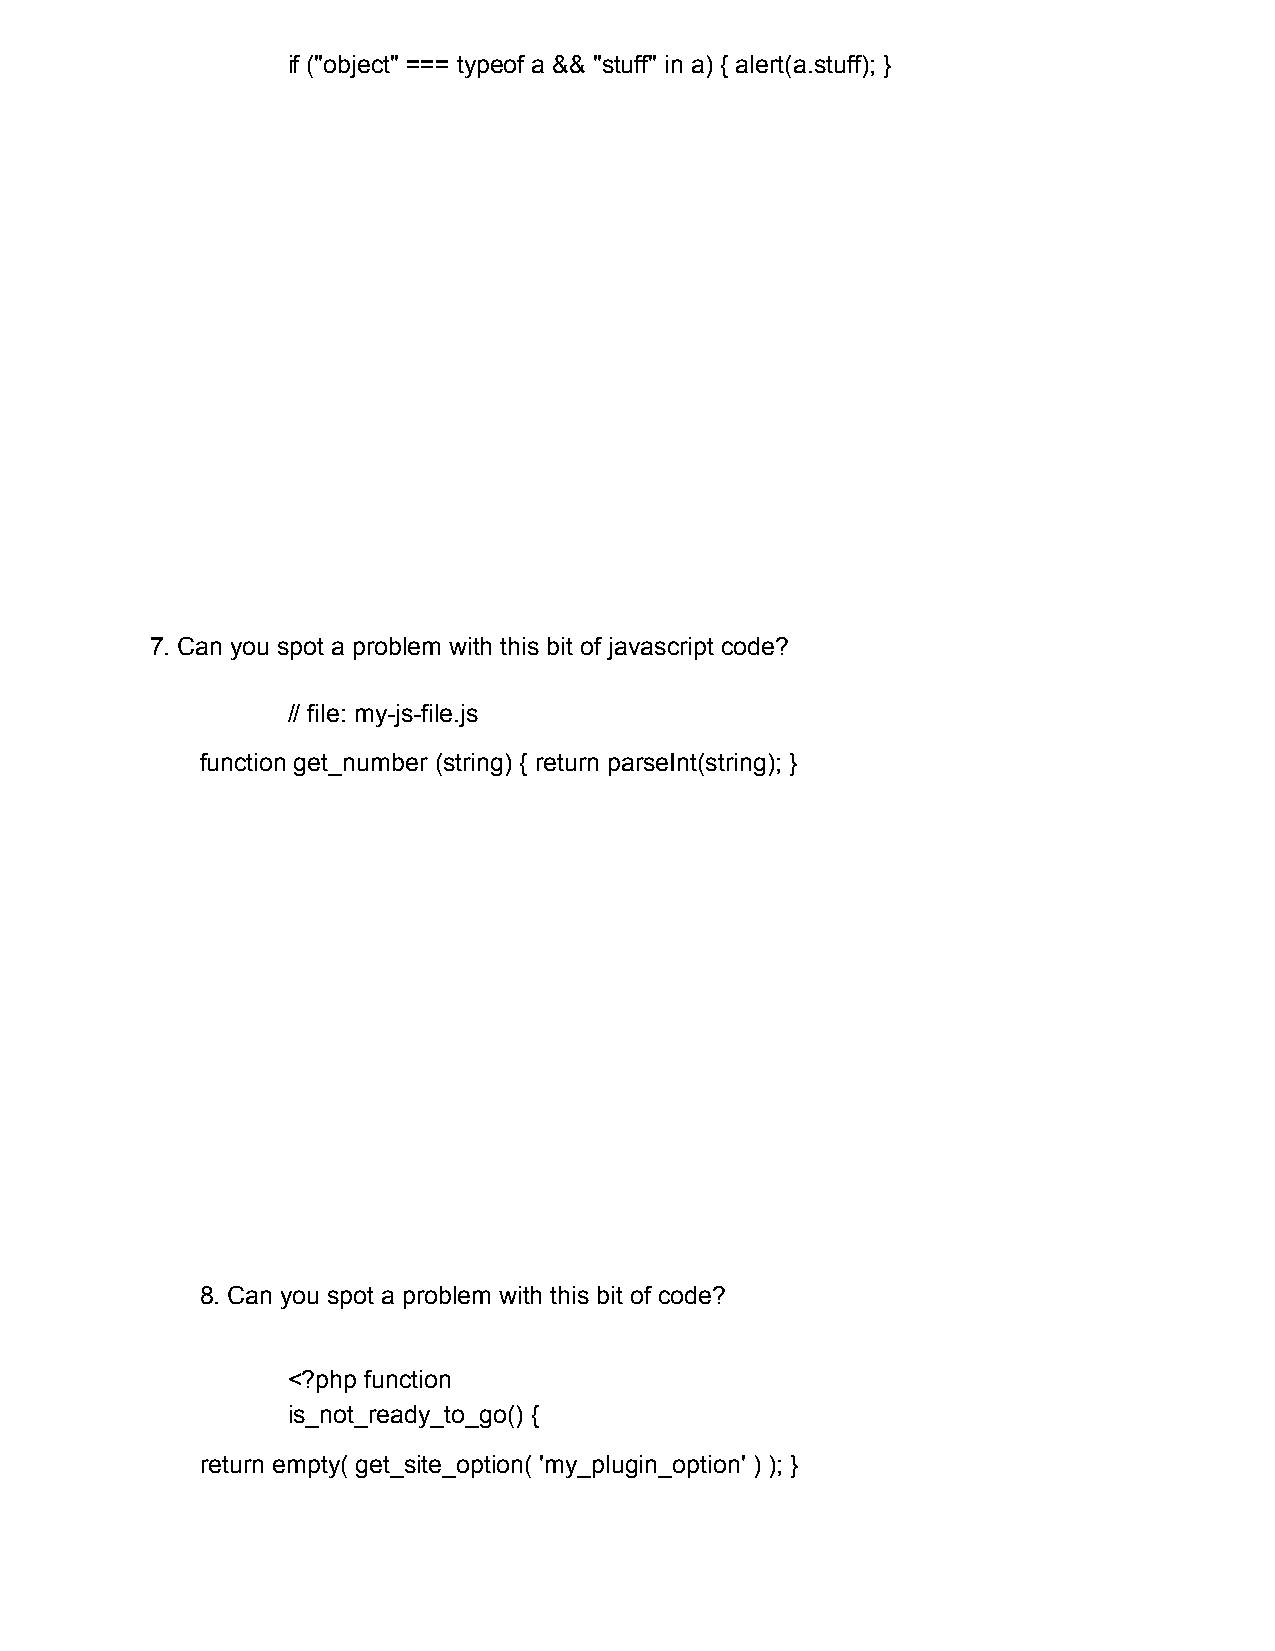
if ("object" === typeof a && "stuff" in a) { alert(a.stuff); }
 7. Can you spot a problem with this bit of javascript code?
 // file: my-js-file.js
 function get_number (string) { return parseInt(string); }
 8. Can you spot a problem with this bit of code?
 <?php function
 is_not_ready_to_go() {
 return empty( get_site_option( 'my_plugin_option' ) ); }